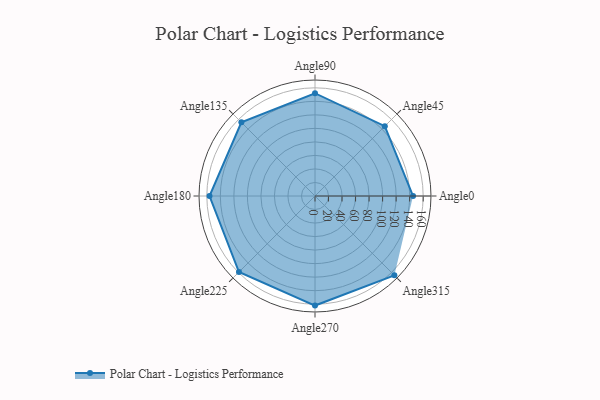
{"axis": {"x": "Angle", "y": "Radius"}, "legend": [""], "data": [{"x": "Angle0", "y": 145.0, "type": ""}, {"x": "Angle45", "y": 146.0, "type": ""}, {"x": "Angle90", "y": 152.0, "type": ""}, {"x": "Angle135", "y": 154.0, "type": ""}, {"x": "Angle180", "y": 156.0, "type": ""}, {"x": "Angle225", "y": 159.0, "type": ""}, {"x": "Angle270", "y": 162.0, "type": ""}, {"x": "Angle315", "y": 166.0, "type": ""}]}